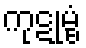
ကုဋုမ္ဗံ